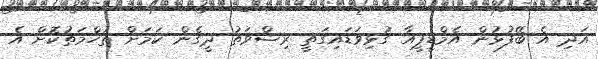
އަދި އެ ބޭފުޅުން އެމްޑީޕީއާ ގުޅިވަޑައިގަތީ ރިޝްވަތު ދީގެން ކަމަށް ތުހްމަތުކޮށް އެ